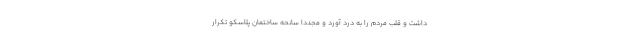
داشت و قلب مردم را به درد آورد و مجددا سانحه ساختمان پلاسکو تکرار